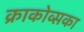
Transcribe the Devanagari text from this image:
क्राकोव्सका